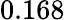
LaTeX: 0.168